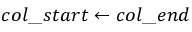
c o l \_ s t a r t \gets c o l \_ e n d